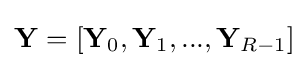
\mathbf {Y} =[\mathbf {Y} _{0},\mathbf {Y} _{1},...,\mathbf {Y} _{R-1}]